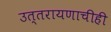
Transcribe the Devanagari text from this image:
उत्तरायणाचीही